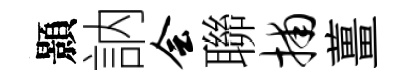
顥訥会聯捕薑